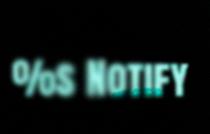
%s Notify